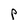
Character: p